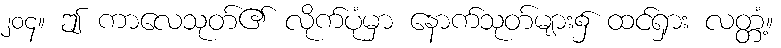
၂၀၄။ ဤ ကာလေသုတ်၏ လိုက်ပုံမှာ နောက်သုတ်များ၌ ထင်ရှား လတ္တံ့။